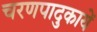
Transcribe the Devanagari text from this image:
चरणपादुकायें